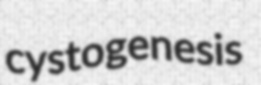
cystogenesis